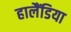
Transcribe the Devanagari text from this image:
हालैंडिया